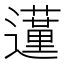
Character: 𨘦